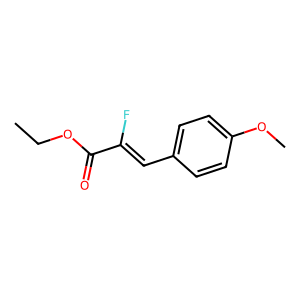
SMILES: CCOC(=O)C(F)=Cc1ccc(OC)cc1
Inhibits HIV replication: No